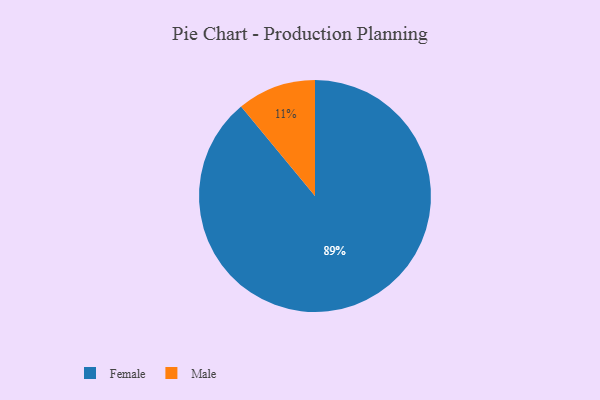
{"axis": {"x": "Category", "y": "Percentage"}, "legend": ["Female", "Male"], "data": [{"x": "Female", "y": 89, "type": "Female"}, {"x": "Male", "y": 11, "type": "Male"}]}